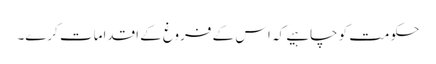
حکومت کو چاہیے کہ اس کے فروغ کے اقدامات کرے۔